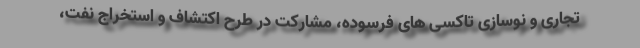
تجاری و نوسازی تاکسی های فرسوده، مشارکت در طرح اکتشاف و استخراج نفت،